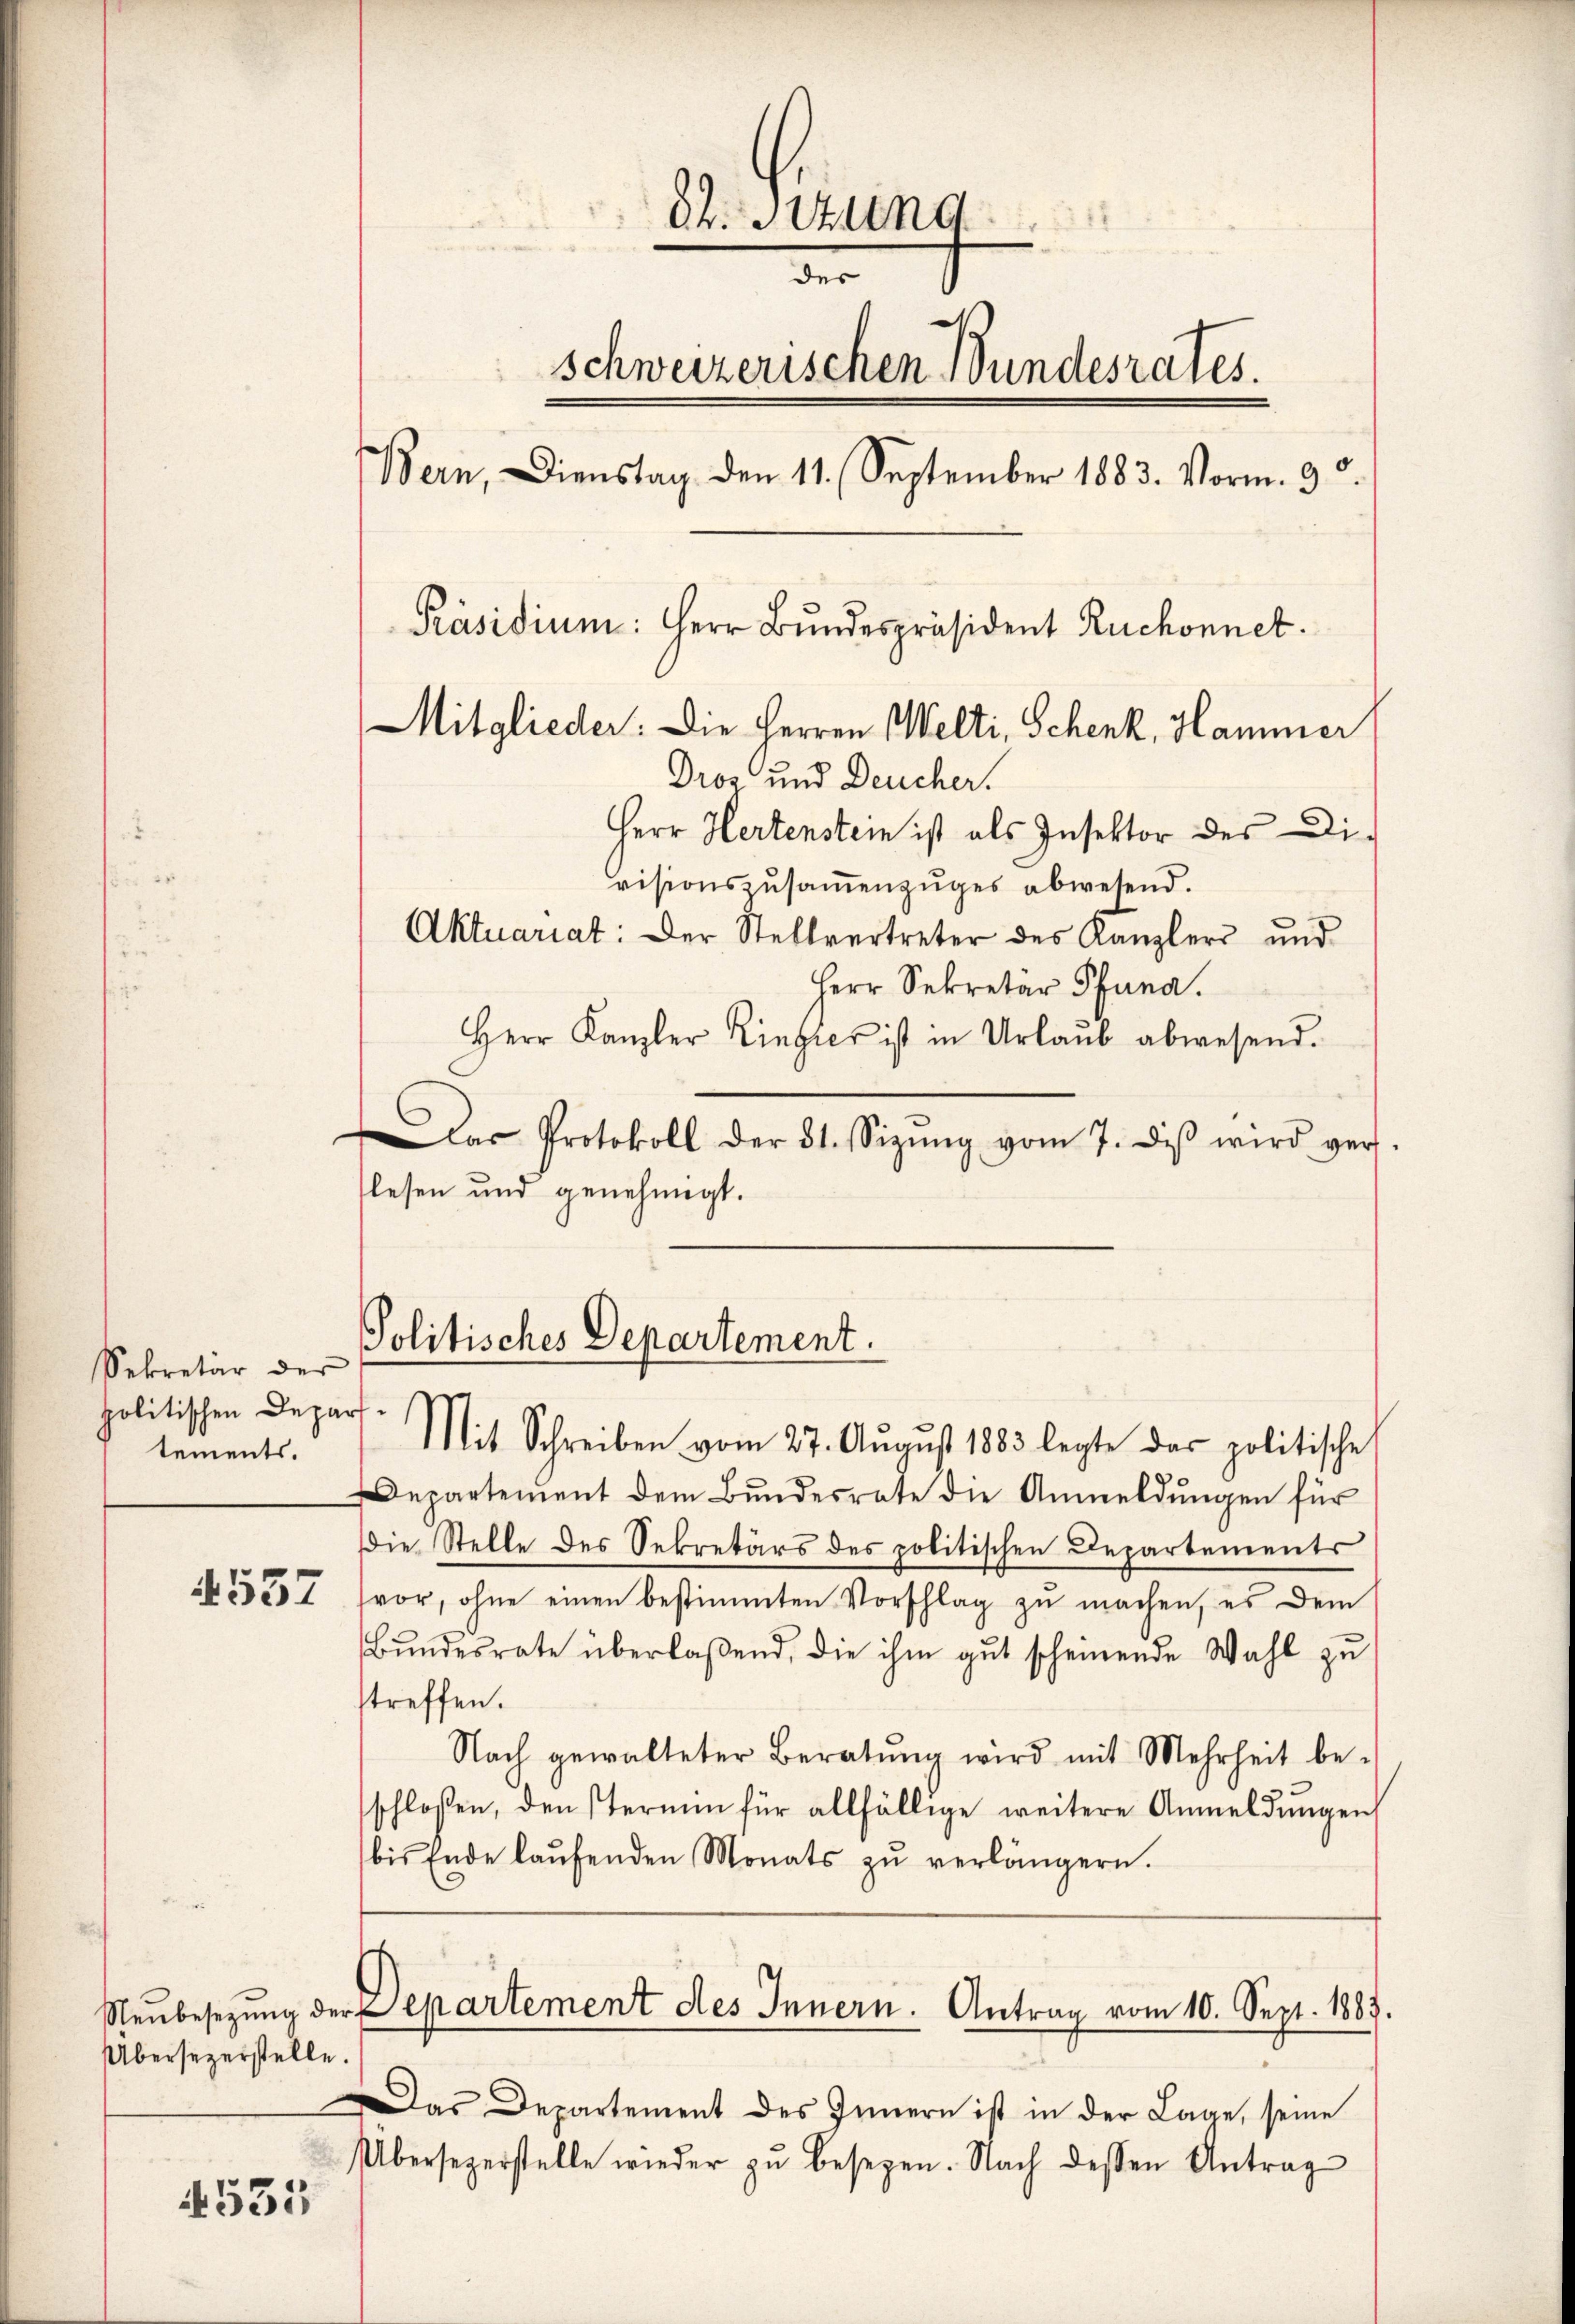
Sekretär der
politischen Depar
tements.

4557

Neŭbesetzung der
Übersezerstelle.

4531

d
v. Stun
des
schweizerischen Bundesrates.
Bern, Dienstag den 11. September 1883. Vorm. 9.
Präsidium: Herr Bundespräsident Ruchonnet
Mitglieder: Die Herren Welti, Schenk, Hammer
Dros und Deucher.
Herr Hertenstein ist als Insektor des Di¬

visionszŭsaṁenzŭges abwesend.
Aktuariat: Der Stellvertreter des Kanzlers und
Herr Sekretär Pfuna.
Herr Kanzler Zingies ist in Urlaub abwesend.
DDas Protokoll der 31. Sizŭng vom 7. diβ wird ver-
lesen und genehmigt.

Politisches Departement.
Mit Schreiben vom 27. Aŭgŭst 1883 legte das politische

Departement dem Bŭndesrate die Anmeldŭngen für
Die Stelle des Sekretärs des politischen Departements
vor, ohne einen bestimmten Vorschlag zŭ machen, es dem
Bŭndesrate überlaßend, die ihm gut scheinende Wahl zu
streffen.
Nach gewalteter Beratŭng wird mit Mehrheit be-
schloßen, den sternen für allfällige weitere Anmeldŭngen
bis Ende laŭfenden Monats zŭ verlängern.

Departement des Innern. Antrag vom 10. Sept. 1883.

Das Departement des Innern ist in der Lage, seine
Übersezerstelle wieder zŭ besezen. Nach dessen Antrag